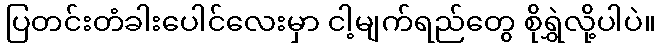
ပြတင်းတံခါးပေါင်လေးမှာ ငါ့မျက်ရည်တွေ စိုရွှဲလို့ပါပဲ။